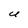
Character: U